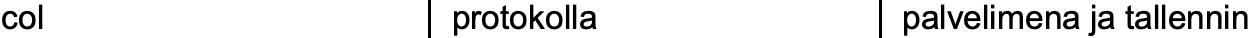
col           protokolla     palvelimena ja tallennin